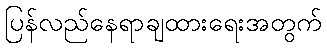
ပြန်လည်နေရာချထားရေးအတွက်